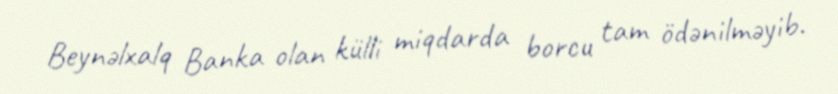
Beynəlxalq Banka olan külli miqdarda borcu tam ödənilməyib.